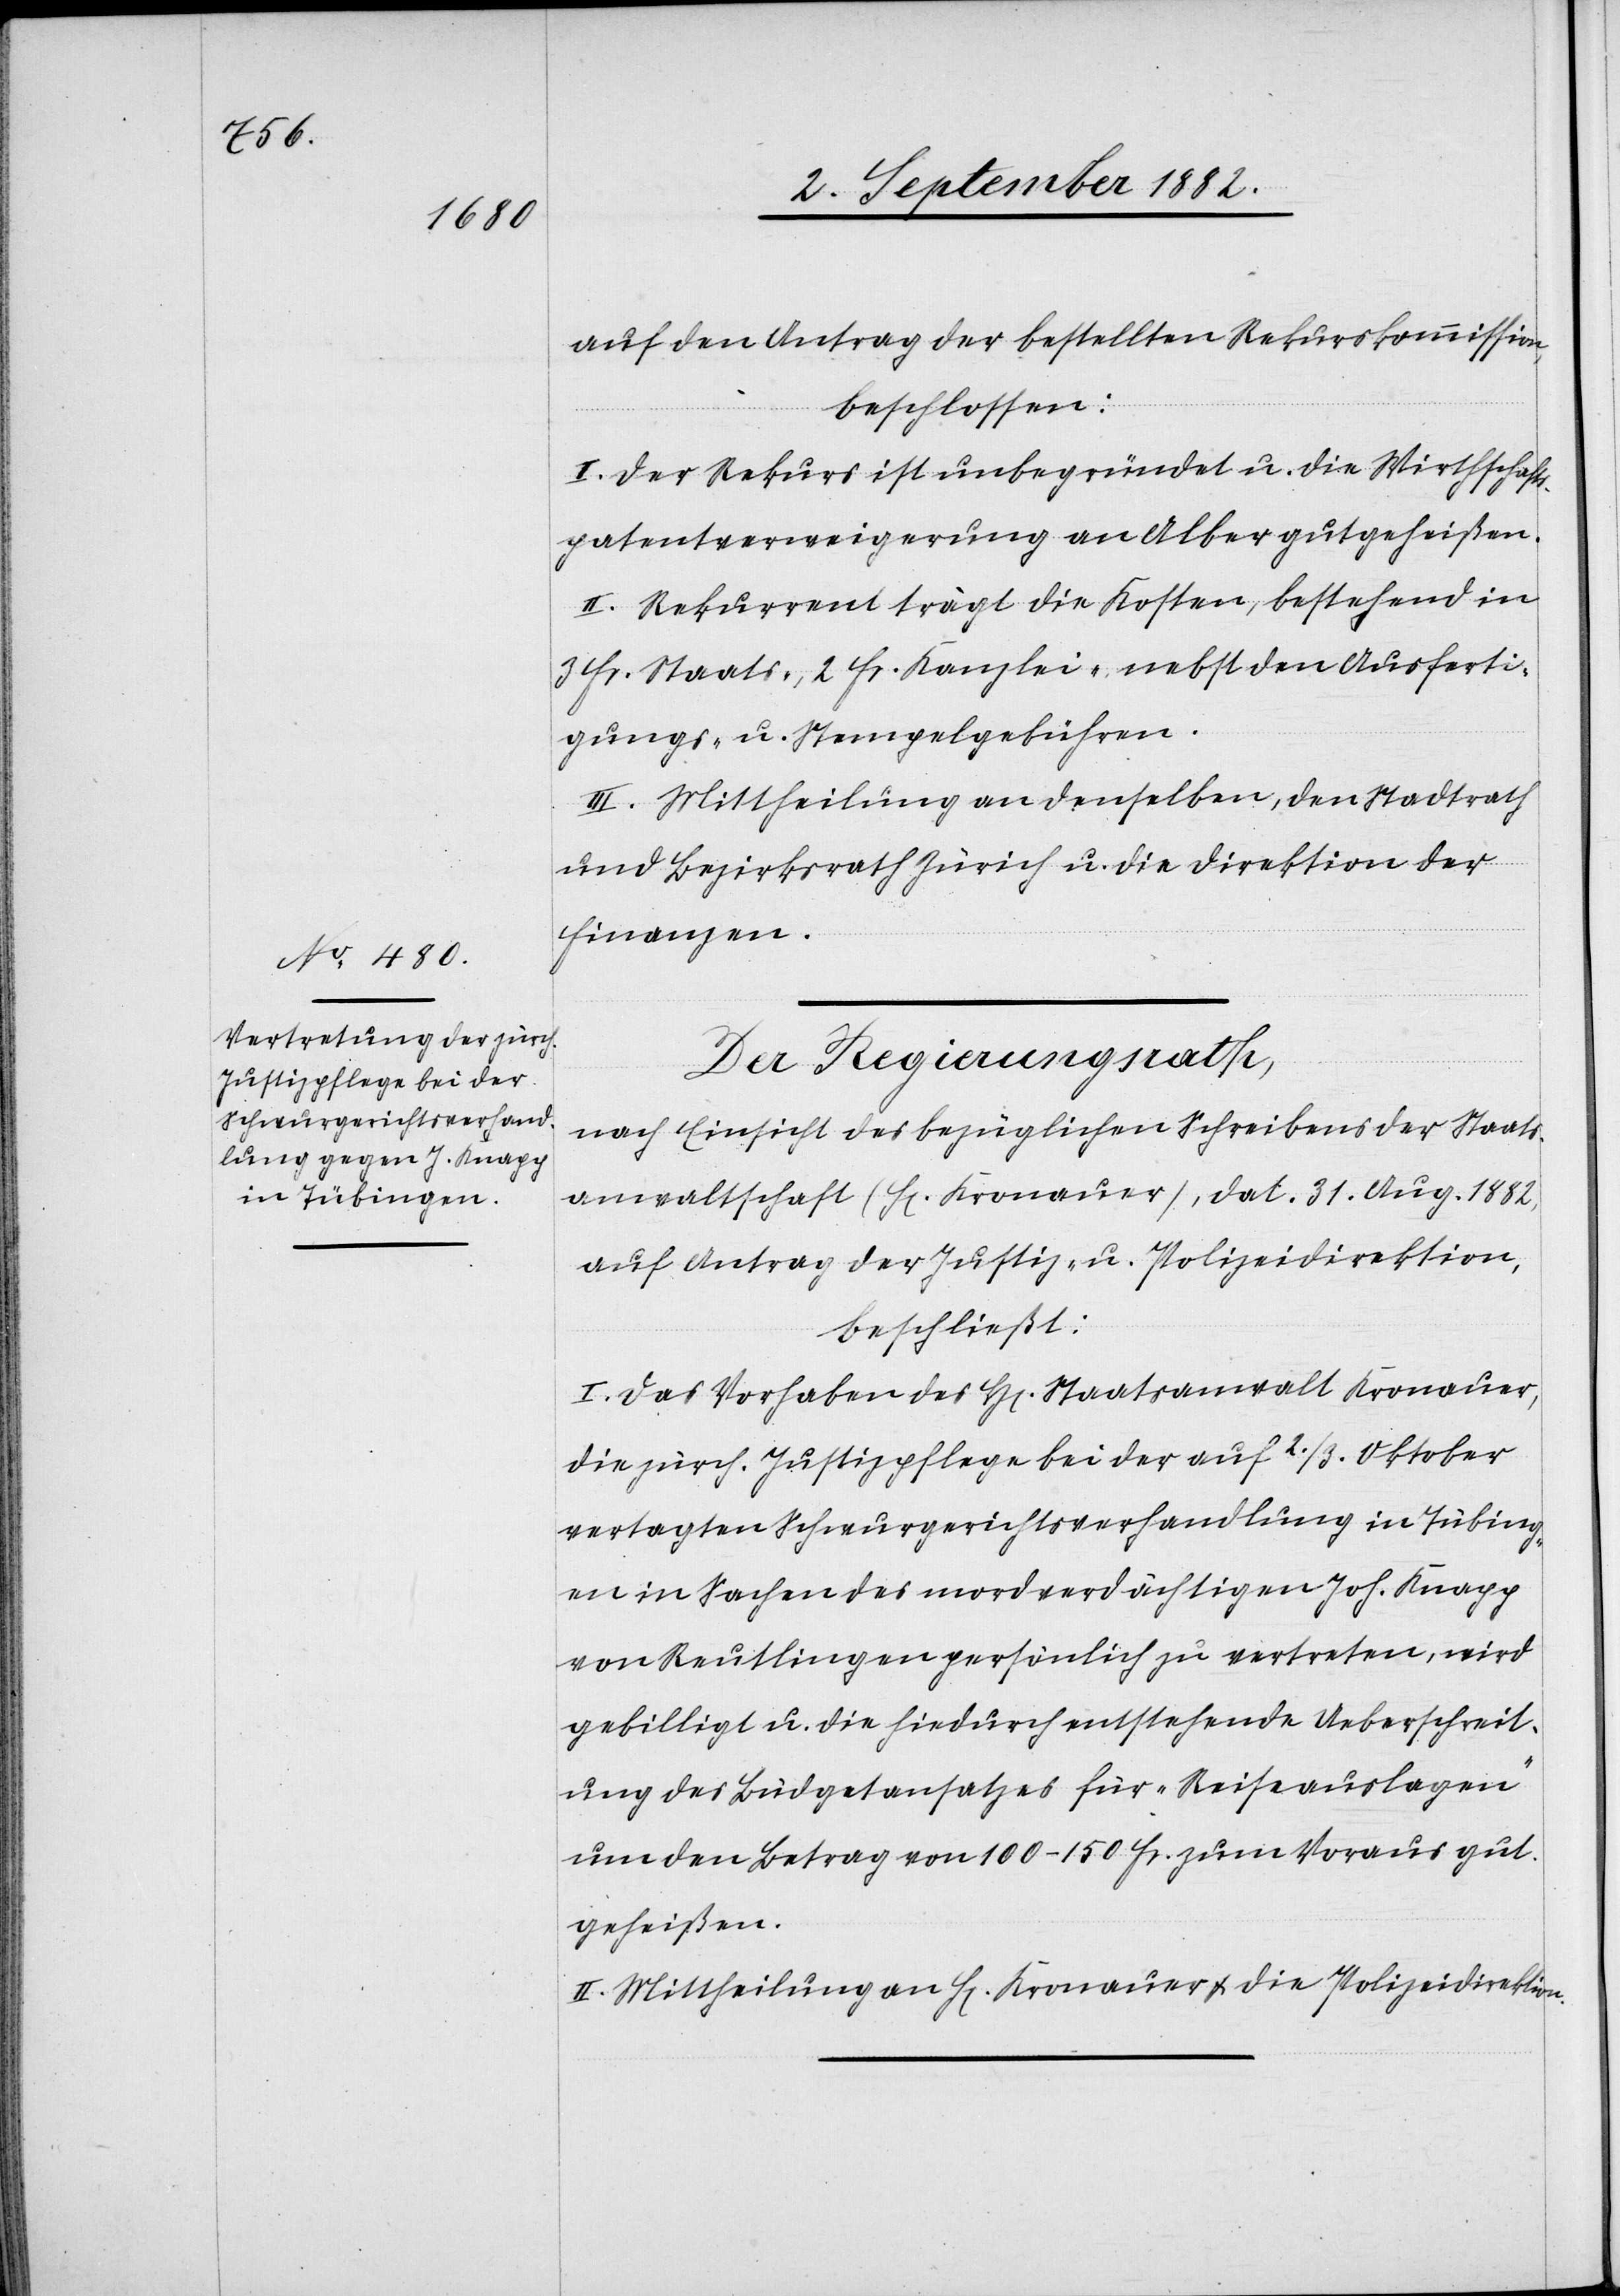
auf den Antrag der bestellten Rekurskommission,
beschlossen:
I. Der Rekurs ist unbegründet u. die Wirthschafts¬
patentverweigerung an Alber gutgeheißen.
II. Rekurrent trägt die Kosten, bestehend in
3 Fr. Staats-, 2 Fr. Kanzlei- nebst den Ausferti¬
gungs- u. Stempelgebühren.
III. Mittheilung an denselben, den Stadtrath
und Bezirksrath Zürich u. die Direktion der
Finanzen.
Der Regierungsrath,
nach Einsicht des bezüglichen Schreibens der Staats¬
anwaltschaft (H[err] Kronauer), dat. 31. Aug. 1882,
auf Antrag der Justiz- & Polizeidirektion,
beschließt:
I. Das Vorhaben des H[en] Staatsanwalt Kronauer,
die zürch. Justizpflege bei der auf 2./3. Oktober
vertagten Schwurgerichtsverhandlung in Tübing¬
en in Sachen des mordverdächtigen Joh. Knapp
von Reutlingen persönlich zu vertreten, wird
gebilligt u. die hiedurch entstehende Ueberschreit¬
ung des Büdgetansatzes für „Reiseauslagen“
um den Betrag von 100–150 Fr. zum Voraus gut¬
geheißen.
II. Mittheilung an H[en] Kronauer & die Polizeidirektion.